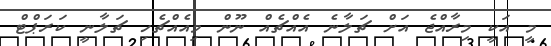
މީ އަކީ މިރާއްޖެ އަށް ޗަލާނެ އެއްޗެއް ނޫން މިއެއްޗެހި ޗަލާނީ ކަރަޕްޓް